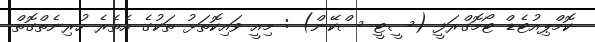
ކޮމްޕިއުޓެޑް ޓޯމޮގްރަފީ (ސީޓީ ސްކޭން) : މިއީ ވައިކޮތަޅު ތަކުގެ އެތެރެ ހުރިނެތްގޮތް